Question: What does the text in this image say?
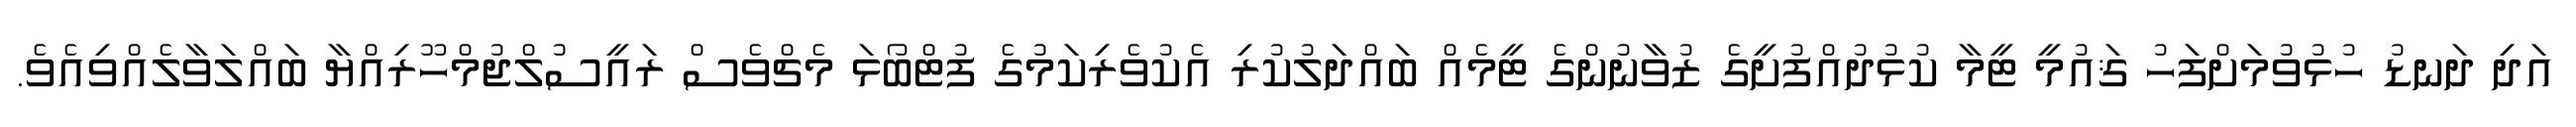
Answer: އަދި ދަނޑު ހުޅުވުމަށްފަހު ޤައުމީ ޓީމާ ކުޅުދުއްފުށީގެ ޒުވާނުންގެ ޓީމެއް ބައްދަލުކުރި އެކުވެރިކަމުގެ ފުޓްބޯޅަ މެޗްވެސް ރައީސުލްޖުމްހޫރިއްޔާ ބައްލަވާލެއްވިއެވެ.